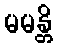
မမန္တိ